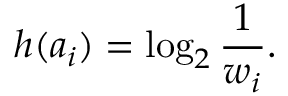
h ( a _ { i } ) = \log _ { 2 } { \frac { 1 } { w _ { i } } } .